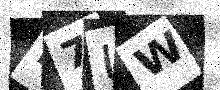
Text: N7UW